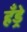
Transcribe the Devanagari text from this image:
हँड्रे